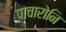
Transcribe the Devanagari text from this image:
पाचारोनि